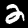
Label: 2